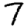
Digit: 7